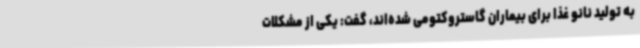
به تولید نانو غذا برای بیماران گاستروکتومی شده‌اند، گفت: یکی از مشکلات